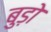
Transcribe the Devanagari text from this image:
बुड़ो